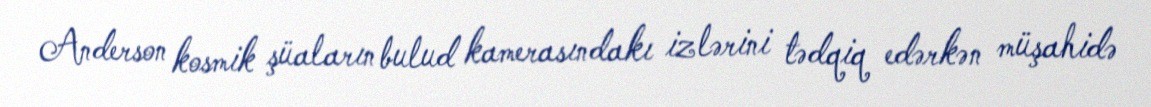
Anderson kosmik şüaların bulud kamerasındakı izlərini tədqiq edərkən müşahidə